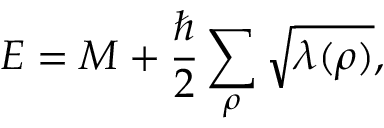
E = M + { \frac { \hbar } { 2 } } \sum _ { \rho } \sqrt { \lambda ( \rho ) } ,